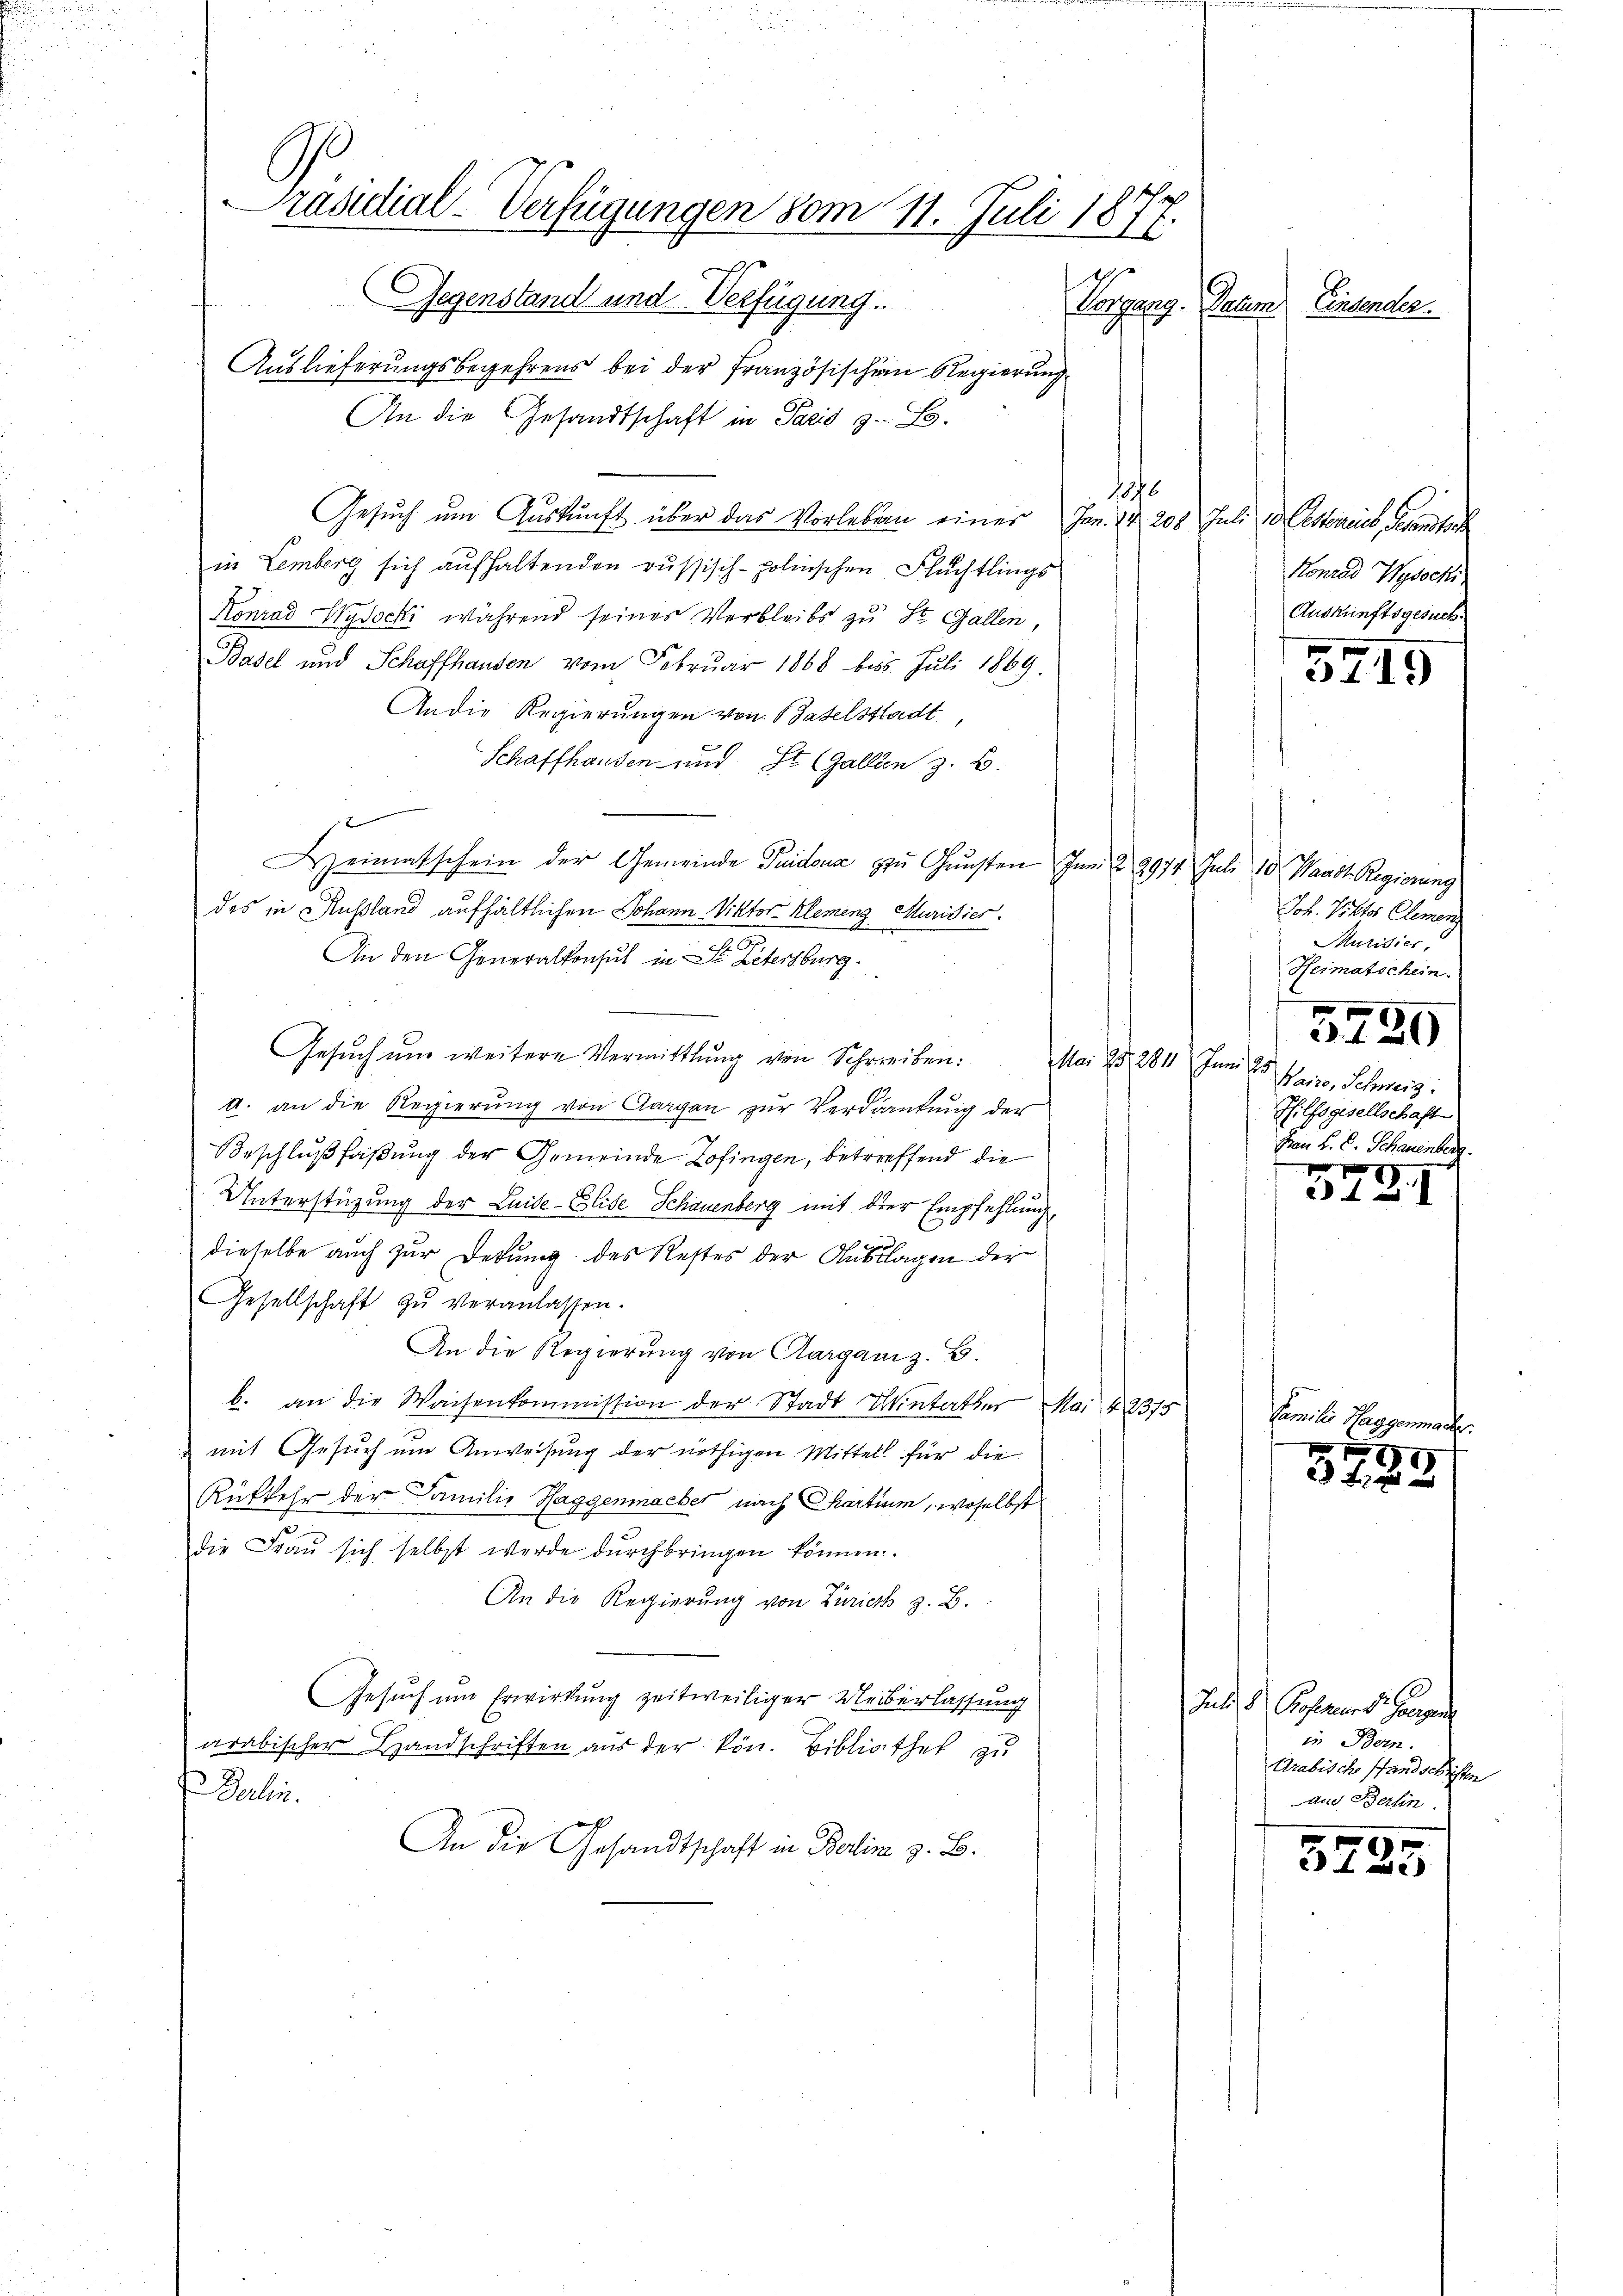
Präsidial-Verfügungen vom 11. Juli 1877.
Gegenstand und Verfügung.
Corpupp
Datum. Einsender.

Auslieferungsbegehrens bei der Französischein Regierung
An die Gesandtschaft in Paris z. B.
1876
Gesŭch ŭm Aŭskŭnft über das Vorleben einer Jan. 14. 208 Juli u. Gesterreis, Segenstorbe
in Lemberg sich aufhaltenden russisch-polischen Flüchtlings
Konrad Wydocki während seiner Verbleibs zu St. Gallen,
Basel und Schaffhausen vom Februar 1868 bis Juli 1869.
An die Regierungen von Baselsstadt
Schaffhausen und St. Gallen z. B.
Heimatschein der Gemeinde Guidoua zŭ Gŭnsten Inn § 2974 Juli 10, Waadt Regierung
des in Russland aufhältlichen Johann Viktor Klemeng, Murisier.
An den Generalkonsul in St. Litersburg.
Gesŭch ŭm weitere Vermittlung von Schreiben. Mai 25. 2811 Juni 25
A. an die Regierung von Aargau zur Verdankung der
Beschlußfaßung der Gemeinde Zofingen, betreffend die
Unterstüzung der Luise-Elise Schauenberg mit der Empfehlung
dieselbe auch zur Debung des Restes der Auslagen der
Gesellschaft zŭ veranlassen.
An die Regierung von Aarganiz. B.
b. an die Waisenkommission der Stadt Wintetter Mai 42375
mit Gesuch um Anweisung der nöthigen Mittel für die
Rükkehr der Familie Haggenmacher nach Chartium, woselbst
die Fraŭ sich selbst werde dŭrchbringen können.
An die Regierung von Zürich z. B.
Gesuch um Erwirkung zeitweiliger Ueberlassung
arabischer Handschriften aus der kön. Bibliothek zu
Derlin.
An die Gesandtschaft in Berline z. B.

Konrad Wydacki
Auskunftsgesuch.
5745

Joh. Viktor Clemen
Muridier
Heimatschein.

3120
Waire, Schweiz.
Hilfsgisellschaft
Frau B. C. Schauenberg.

Familie Papp
9
0 20 x

GIZI

Juli d. Professors Hausen
in Bern.
Arabische Pfandschriften
And Berlin.

9
c fac